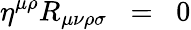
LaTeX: \eta^{\mu\rho}R_{\mu\nu\rho\sigma}\; \; =\; \; 0